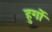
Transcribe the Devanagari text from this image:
हुर्गो